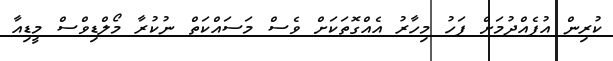
ކުރިން އުފެއްދުމަށް ފަހު މިހާރު އެއްގޮތަކަށް ވެސް މަސައްކަތް ނުކުރާ މޯލްޑިވްސް މީޑިއާ